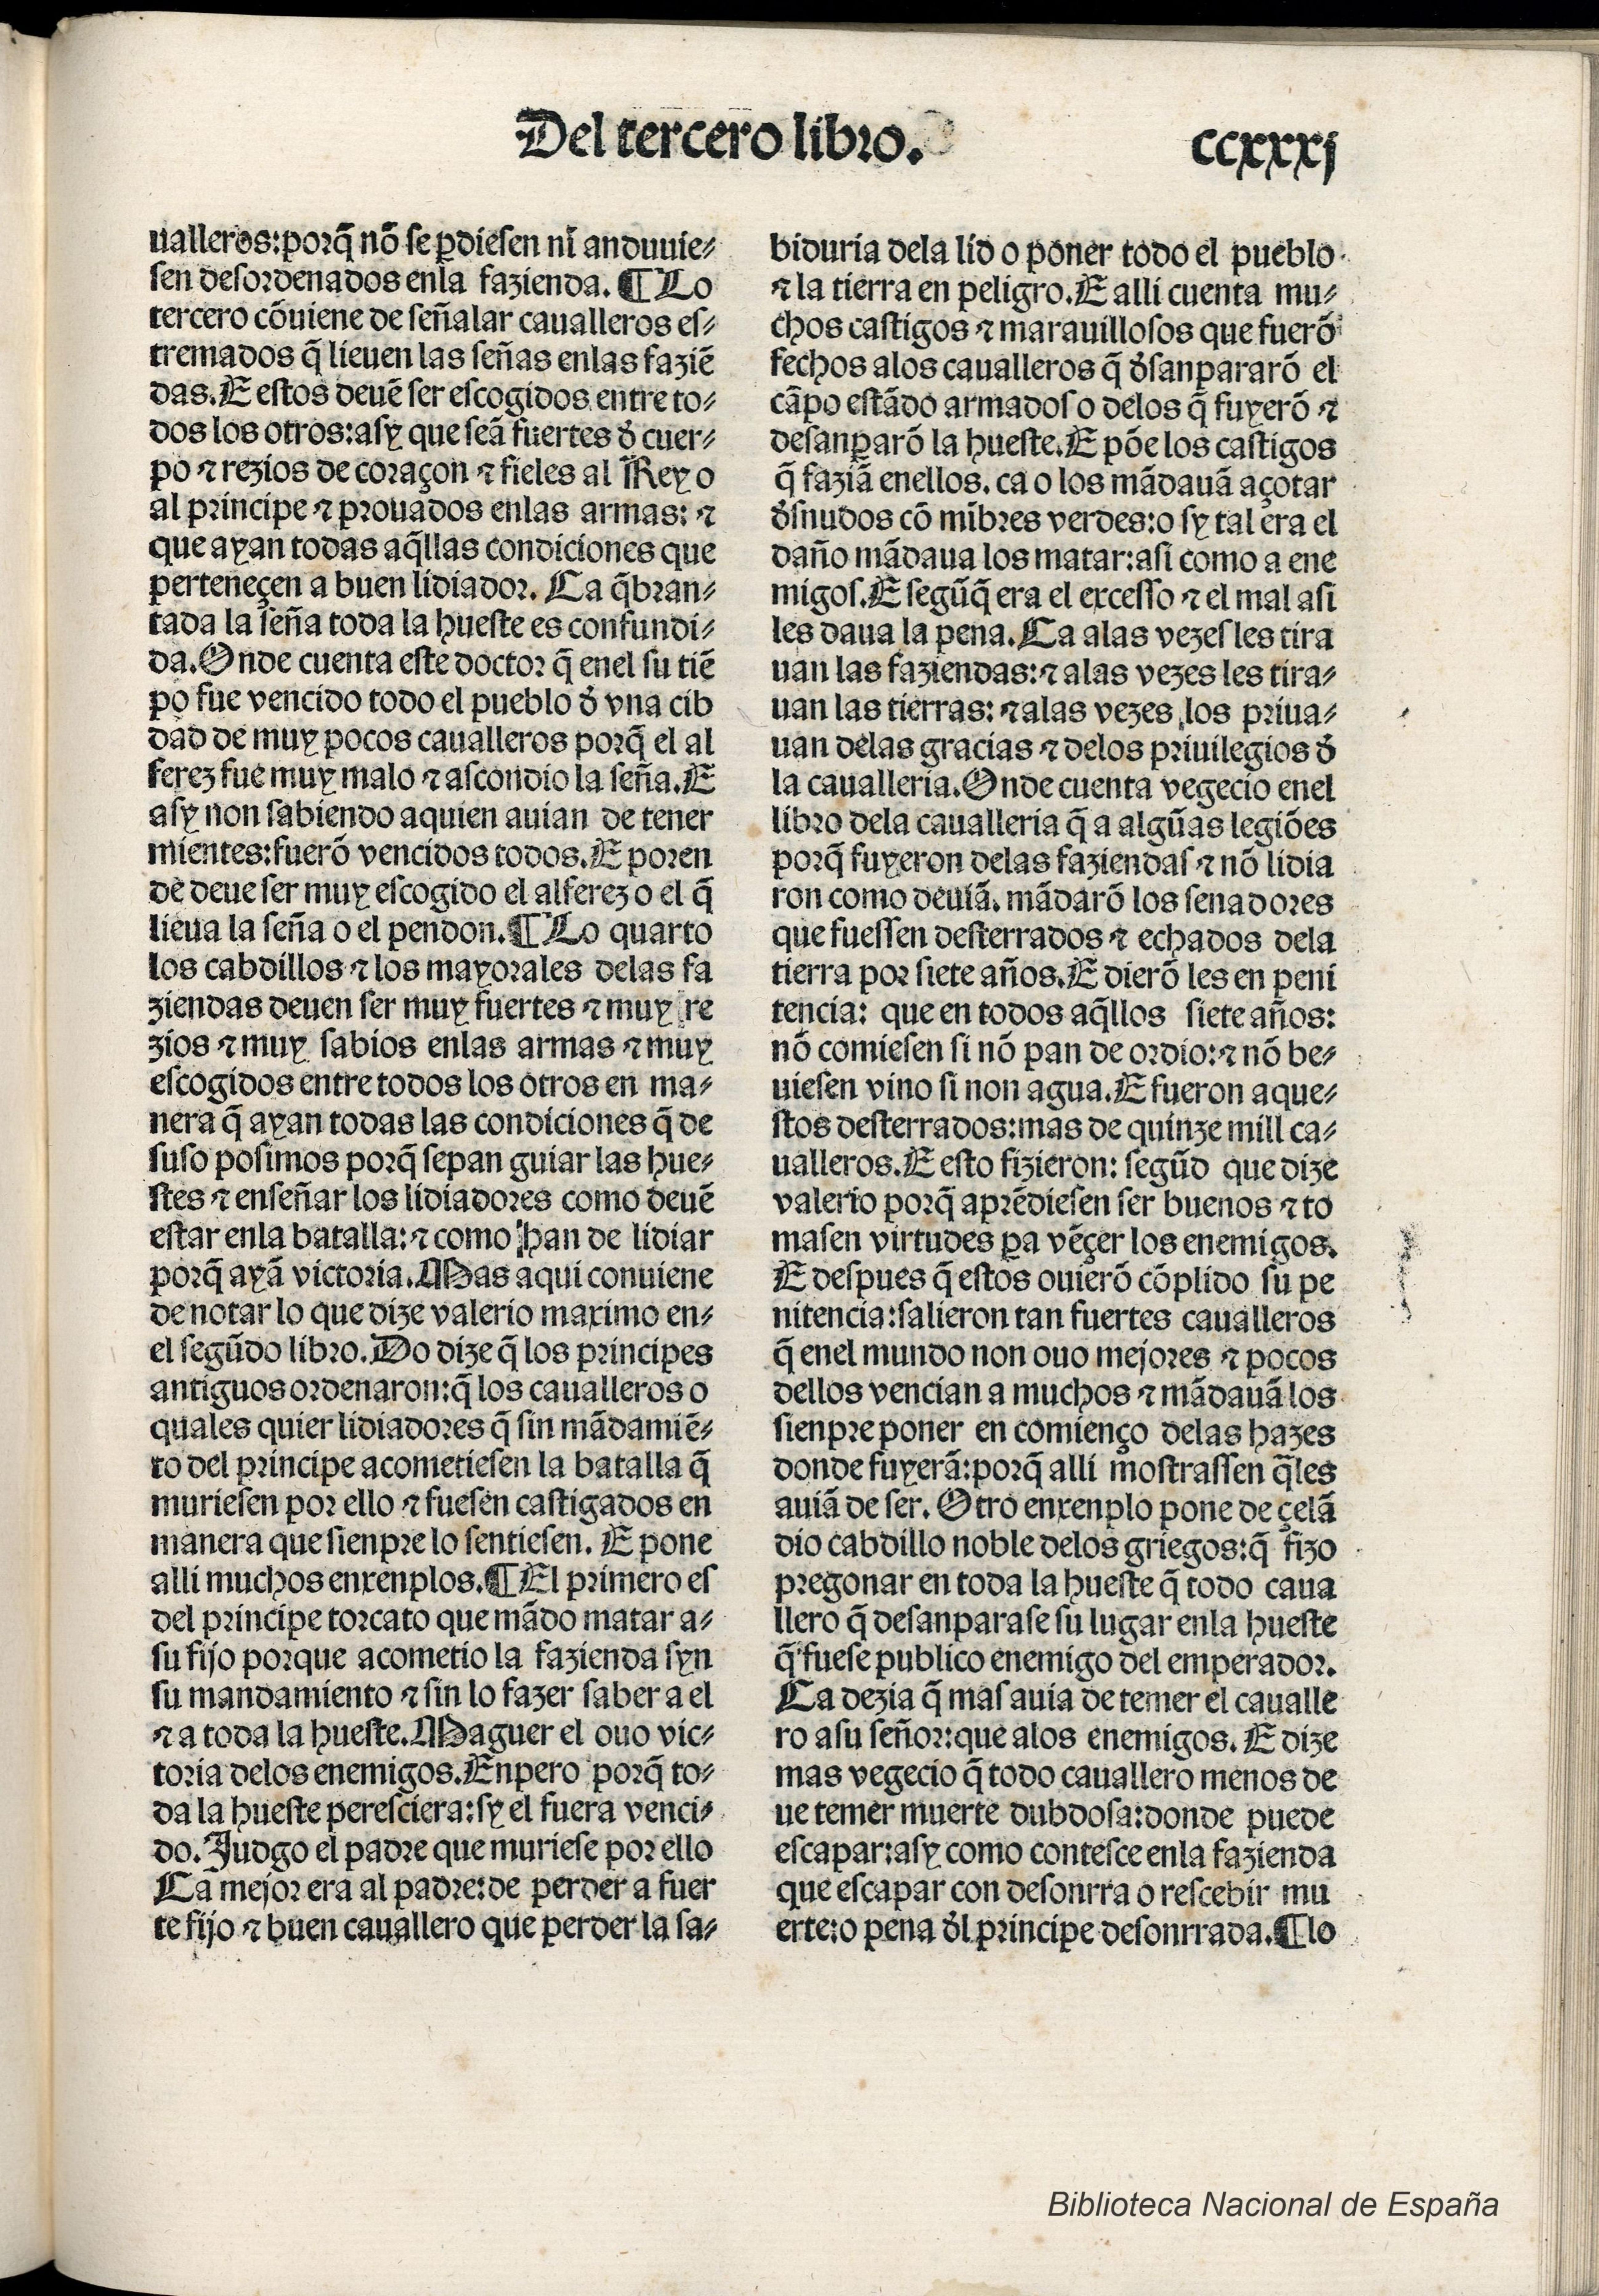
Shelfmark: Madrid, BNE, Inc. 901
Century: 15